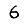
Digit: 6